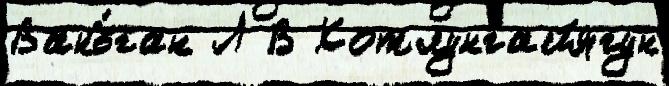
Ванъ́ган Л В Котлунгайягун